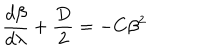
\frac { d \beta } { d \lambda } + \frac { D } { 2 } = - C \beta ^ { 2 }